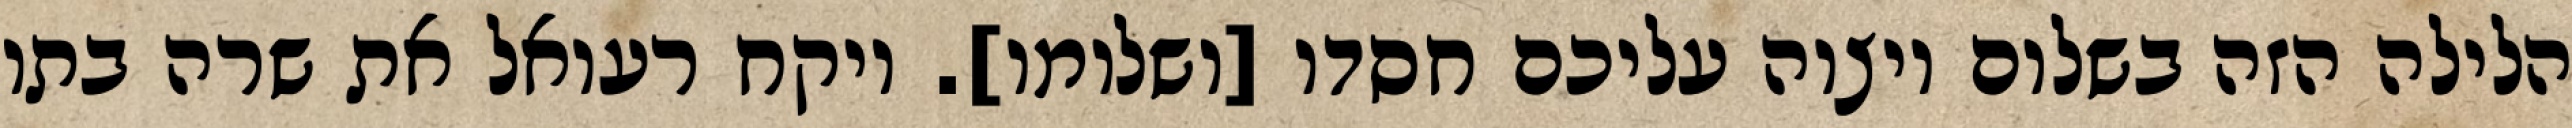
הלילה הזה בשלום ויצוה עליכם חסדו [ושלומו]. ויקח רעואל את שרה בתו